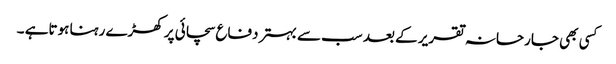
کسی بھی جارحانہ تقریر کے بعد سب سے بہتر دفاع سچائی پر کھڑے رہنا ہوتاہے ۔